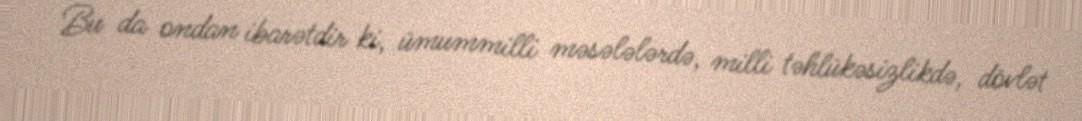
Bu da ondan ibarətdir ki, ümummilli məsələlərdə, milli təhlükəsizlikdə, dövlət